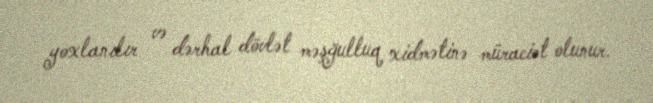
yoxlanılır və dərhal dövlət məşğulluq xidmətinə müraciət olunur.